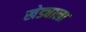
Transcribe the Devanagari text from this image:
खेड्याला